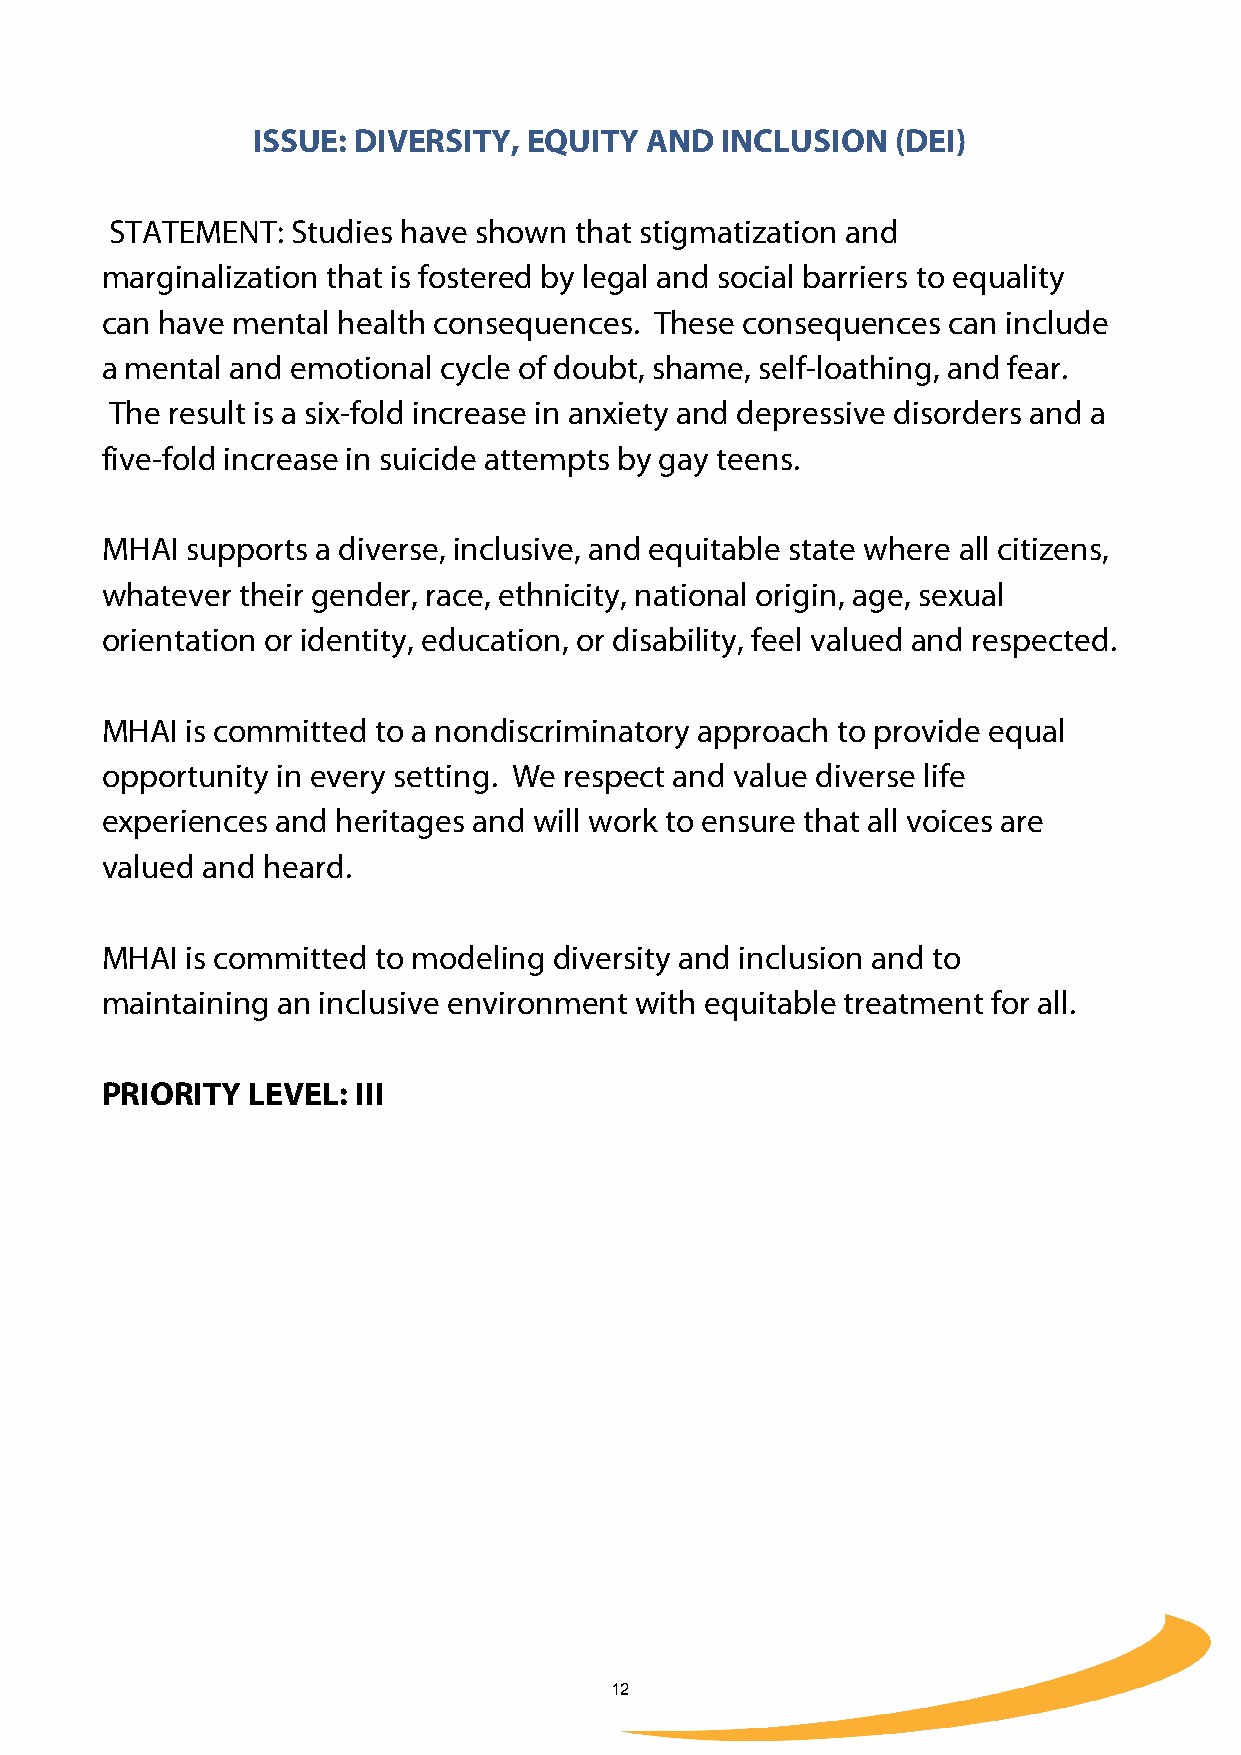
ISSUE: DIVERSITY, EQUITY  AND  INCLUSION  (DEI)
 STATEMENT:  Studies have shown that stigmatization and
 marginalization that is fostered by legal and social barriers to equality
 can have mental health consequences. These consequences can include
 a mental and emotional cycle of doubt, shame, self-loathing, and fear.
 The result is a six-fold increase in anxiety and depressive disorders and a
 five-fold increase in suicide attempts by gay teens.
 MHAI supports a diverse, inclusive, and equitable state where all citizens,
 whatever their gender, race, ethnicity, national origin, age, sexual
 orientation or identity, education, or disability, feel valued and respected.
 MHAI is committed to a nondiscriminatory approach to provide equal
 opportunity in every setting. We respect and value diverse life
 experiences and heritages and will work to ensure that all voices are
 valued and heard.
 MHAI is committed to modeling diversity and inclusion and to
 maintaining an inclusive environment with equitable treatment for all.
 PRIORITY LEVEL:  III
 12